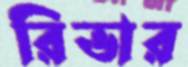
রিভার